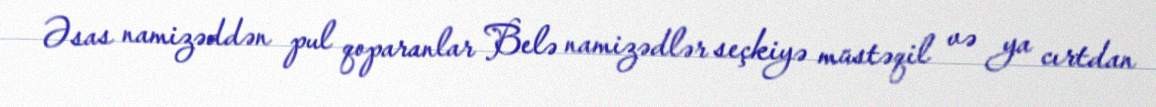
Əsas namizəddən pul qoparanlar Belə namizədlər seçkiyə müstəqil və ya cırtdan